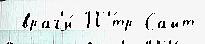
 враг'и́ П'́тр Сайт